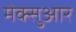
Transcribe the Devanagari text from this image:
मेक्सुआर